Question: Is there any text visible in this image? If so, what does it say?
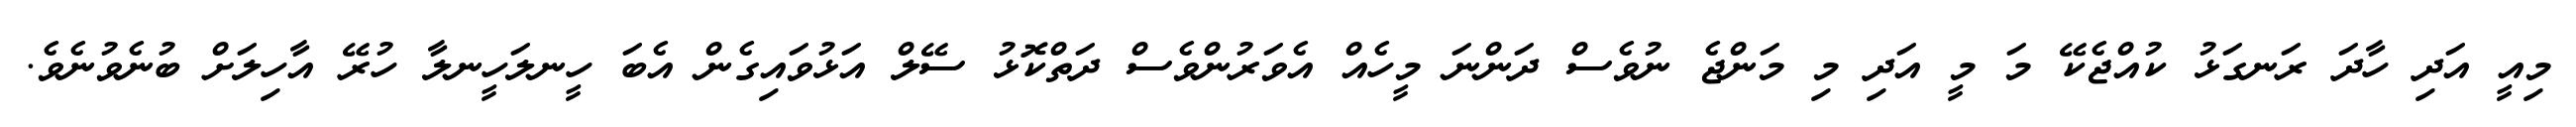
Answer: މިއީ އަދި ހާދަ ރަނގަޅު ކުއްޖެކޭ މަ މީ އަދި މި މަންޖެ ނުވެސް ދަންނަ މީހެއް އެވަރުންވެސް ދަތްކޮޅު ސޭލް އަޅުވައިގެން އެބަ ހީނލަހީނލާ ހުރޭ އާހިލަށް ބުނެވުނެވެ.